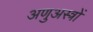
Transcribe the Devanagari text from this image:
अणुअस्त्रों